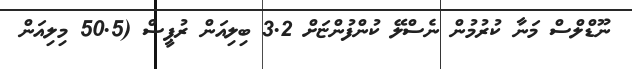
ނޫޑްލްސް މަނާ ކުރުމުން ނެސްލޭ ކުންފުންޏަށް 3.2 ބިލިއަން ރުޕީސް (50.5 މިލިއަން